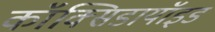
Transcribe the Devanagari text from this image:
कॉक्सिडायॉइड